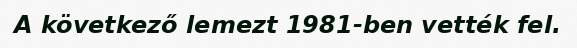
A következő lemezt 1981-ben vették fel.